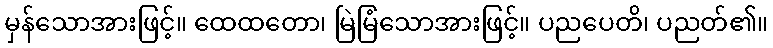
မှန်သောအားဖြင့်။ ထေထတော၊ မြဲမြံသောအားဖြင့်။ ပညပေတိ၊ ပညတ်၏။